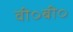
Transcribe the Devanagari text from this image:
वी०बी०